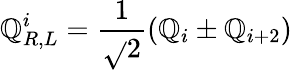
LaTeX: \mathbb{Q}_{R,L}^{i}={\frac{{1}}{{\sqrt{}{{2}}}}}(\mathbb{Q}_{i}\pm\mathbb{Q}_{i+2})